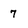
Character: 7